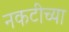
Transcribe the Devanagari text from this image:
नकटीच्या